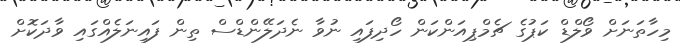
މިހާތަނަށް ވޯލްޑް ކަޕުގެ ޗެމްޕިއަންކަން ހޯދިފައި ނުވާ ނެދަލޭންޑްސް ތިން ފައިނަލެއްގައި ވާދަކޮށް